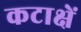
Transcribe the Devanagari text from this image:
कटाक्षें